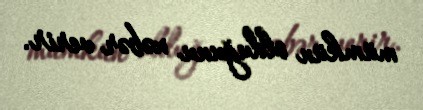
mümkün olduğunu xəbər verir.